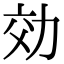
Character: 効